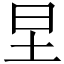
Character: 圼